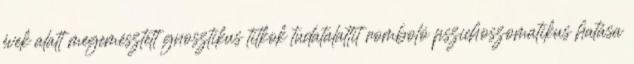
évek alatt megemésztett gnosztikus titkok tu­datalattit romboló pszichoszomatikus hatása